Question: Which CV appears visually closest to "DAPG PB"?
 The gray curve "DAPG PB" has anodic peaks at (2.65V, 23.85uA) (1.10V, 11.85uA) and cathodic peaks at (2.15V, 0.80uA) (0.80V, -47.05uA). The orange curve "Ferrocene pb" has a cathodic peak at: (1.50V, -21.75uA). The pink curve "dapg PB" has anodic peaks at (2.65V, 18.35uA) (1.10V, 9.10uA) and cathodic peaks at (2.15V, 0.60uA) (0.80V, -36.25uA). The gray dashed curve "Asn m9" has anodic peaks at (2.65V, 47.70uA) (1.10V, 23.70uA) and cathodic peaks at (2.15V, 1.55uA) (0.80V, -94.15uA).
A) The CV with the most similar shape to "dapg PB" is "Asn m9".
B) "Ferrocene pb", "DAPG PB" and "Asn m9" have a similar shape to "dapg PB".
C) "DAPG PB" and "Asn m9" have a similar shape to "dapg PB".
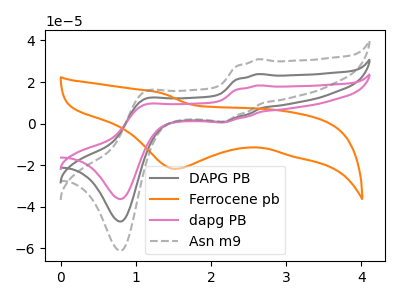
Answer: <think>"DAPG PB" and "Ferrocene pb" have a different number of peaks. All the peaks in "DAPG PB" have a peak in "dapg PB" at the same potential. All the peaks in "DAPG PB" have a peak in "Asn m9" at the same potential. "Ferrocene pb" and "dapg PB" have a different number of peaks. "Ferrocene pb" and "Asn m9" have a different number of peaks. All the peaks in "dapg PB" have a peak in "Asn m9" at the same potential.
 </think>
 <answer>C) "DAPG PB" and "Asn m9" have a similar shape to "dapg PB".</answer>
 <eval>C</eval>